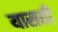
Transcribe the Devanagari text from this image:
यासही